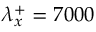
\lambda _ { x } ^ { + } = 7 0 0 0